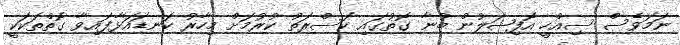
ނަމަވެސް ސިއްހީ އޮފިޝަލުން ބުނާ ގޮތުގައި ކަސްރަތު ކުރުމަށް މިހާރު ކަނޑައަޅާފައިވާ ގޮތްތަކަކީ